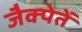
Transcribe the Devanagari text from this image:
जैक्पेतें